Vaccine operations Central Provinces 1900-1911 - 1900-1911
Year: 1900
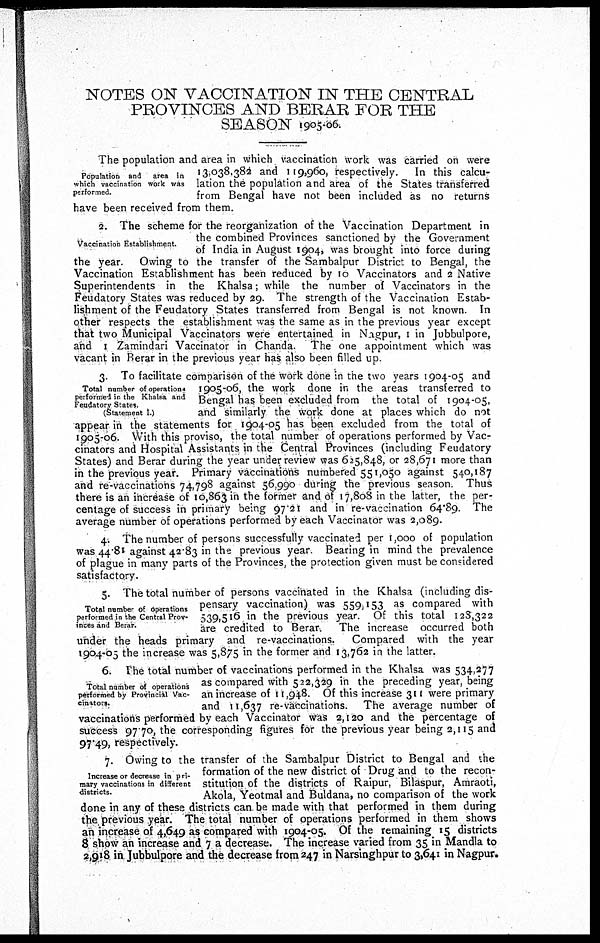
NOTES ON VACCINATION IN THE CENTRAL
PROVINCES AND BERAR FOR THE
SEASON 1905-06.
Population and
area in
which vaccination work was
performed.
The population and area in which vaccination work was carried on were
13,038,382 and 119,960, respectively. In this calcu-
lation the population and area of the States transferred
from Bengal have not been included as no returns
have been received from them.
Vaccination Establishment.
2. The scheme for the reorganization of the Vaccination Department in
the combined Provinces sanctioned by the Government
of India in August 1904, was brought into force during
the year. Owing to the transfer of the Sambalpur District to Bengal, the
Vaccination Establishment has been reduced by 10 Vaccinators and 2 Native
Superintendents in the Khalsa; while the number of Vaccinators in the
Feudatory States was reduced by 29. The strength of the Vaccination Estab-
lishment of the Feudatory States transferred from Bengal is not known. In
other respects the establishment was the same as in the previous year except
that two Municipal Vaccinators were entertained in Nagpur, 1 in Jubbulpore,
and 1 Zamindari Vaccinator in Chanda. The one appointment which was
vacant in Berar in the previous year has also been filled up.
Total number of operations
performed in the Khalsa and
Feudatory States.
(Statement I.)
3. To facilitate comparison of the work done in the two years 1904-05 and
1905-06, the work done in the areas transferred to
Bengal has been excluded from the total of 1904-05,
and similarly the work done at places which do not
appear in the statements for 1904-05 has been excluded from the total of
1905-06. With this proviso, the total number of operations performed by Vac-
cinators and Hospital Assistants in the Central Provinces (including Feudatory
States) and Berar during the year under review was 625,848, or 28,671 more than
in the previous year. Primary vaccinations numbered 551,050 against 540,187
and re-vaccinations 74,798 against 56,990 during the previous season. Thus
there is an increase of 10,863 in the former and of 17,808 in the latter, the per-
centage of success in primary being 97.21 and in re-vaccination 64.89. The
average number of operations performed by each Vaccinator was 2,089.
4. The number of persons successfully vaccinated per 1,000 of population
was 44.81 against 42.83 in the previous year. Bearing in mind the prevalence
of plague in many parts of the Provinces, the protection given must be considered
satisfactory.
Total number of operations
performed in the Central Prov-
inces and Berar.
5. The total number of persons vaccinated in the Khalsa (including dis-
pensary vaccination) was 559,153 as compared with
539,516 in the previous year. Of this total 123,322
are credited to Berar. The increase occurred both
under the heads primary and re-vaccinations. Compared with the year
1904-05 the increase was 5,875 in the former and 13,762 in the latter.
Total number of operations
performed by Provincial Vac-
cinators.
6. The total number of vaccinations performed in the Khalsa was 534,277
as compared with 522,329 in the preceding year, being
an increase of 11,948. Of this increase 311 were primary
and 11,637 re-vaccinations. The average number of
vaccinations performed by each Vaccinator was 2,120 and the percentage of
success 97 70, the corresponding figures for the previous year being 2,115 and
97.49, respectively.
Increase or decrease in pri-
mary vaccinations in different
districts.
7. Owing to the transfer of the Sambalpur District to Bengal and the
formation of the new district of Drug and to the recon-
stitution of the districts of Raipur, Bilaspur, Amraoti,
Akola, Yeotmal and Buldana, no comparison of the work
done in any of these districts can be made with that performed in them during
the previous year. The total number of operations performed in them shows
an increase of 4,649 as compared with 1904-05. Of the remaining 15 districts
8 show an increase and 7 a decrease. The increase varied from 35 in Mandla to
2,918 in Jubbulpore and the decrease from 247 in Narsinghpur to 3,641 in Nagpur.